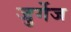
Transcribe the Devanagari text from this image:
जुर्गेज